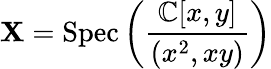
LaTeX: \mathbf{X}={\mathrm{{Spec}}}\left({\frac{{\mathbb{{C}}[x,y]}}{{(x^{2},xy)}}}\right)